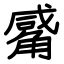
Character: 觱